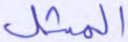
المثل